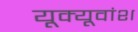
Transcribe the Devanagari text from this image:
यूक्यूवांश